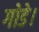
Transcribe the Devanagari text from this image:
गोडे।